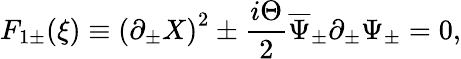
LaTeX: F_{1\pm}(\xi)\equiv\left(\partial_{\pm}X\right)^{2}\pm{\frac{i\Theta}{2}}\overline{{\Psi}}_{\pm}\partial_{\pm}\Psi_{\pm}=0,